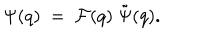
LaTeX: \Psi ( q ) ~ = ~ { \cal F } ( q ) ~ \tilde { \Psi } ( q ) .